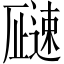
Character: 𬩓